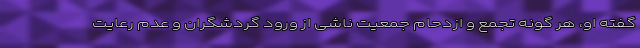
گفته او، هر گونه تجمع و ازدحام جمعیت ناشی از ورود گردشگران و عدم رعایت